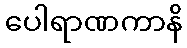
ပေါရာဏကာနိ